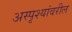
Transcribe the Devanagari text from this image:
अस्पृश्यांवरील